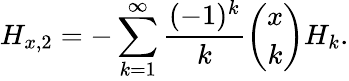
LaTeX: H_{x,2}=-\sum_{k=1}^{\infty}{\frac{(-1)^{k}}{k}}{\binom{x}{k}}H_{k}.